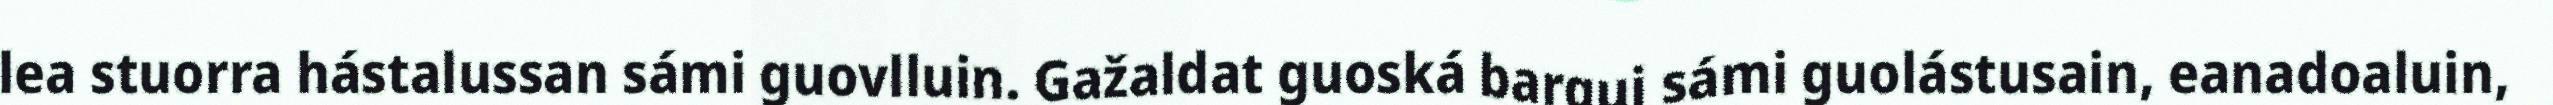
lea stuorra hástalussan sámi guovlluin. Gažaldat guoská bargui sámi guolástusain, eanadoaluin,